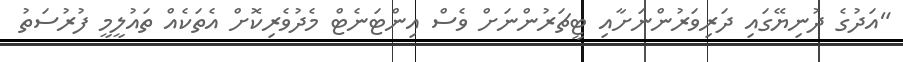
"އަދުގެ ދުނިޔޭގައި ދަރިވަރުންނަށާއި ޓީޗަރުންނަށް ވެސް އިންޓަނެޓް މެދުވެރިކޮށް އެތަކެއް ތައުލީމީ ފުރުސަތު